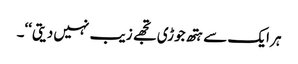
ہر ایک سے ہتھ جوڑی تجھے زیب نہیں دیتی‘‘۔